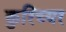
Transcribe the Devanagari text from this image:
कुरिच्यर